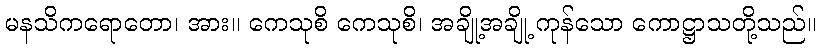
မနသိကရောတော၊ အား။ ကေသုစိ ကေသုစိ၊ အချို့အချို့ ကုန်သော ကောဋ္ဌာသတို့သည်။